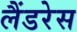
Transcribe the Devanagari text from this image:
लैंडरेस